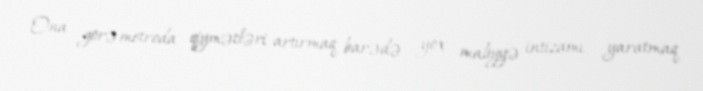
Ona görə metroda qiymətləri artırmaq barədə yox, maliyyə intizamı yaratmaq